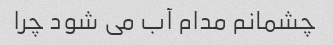
چشمانم مدام آب می شود چرا